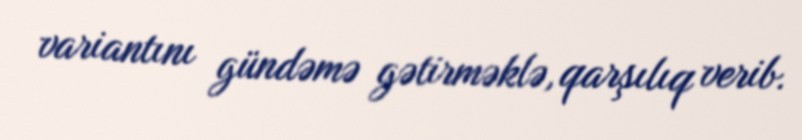
variantını gündəmə gətirməklə, qarşılıq verib.